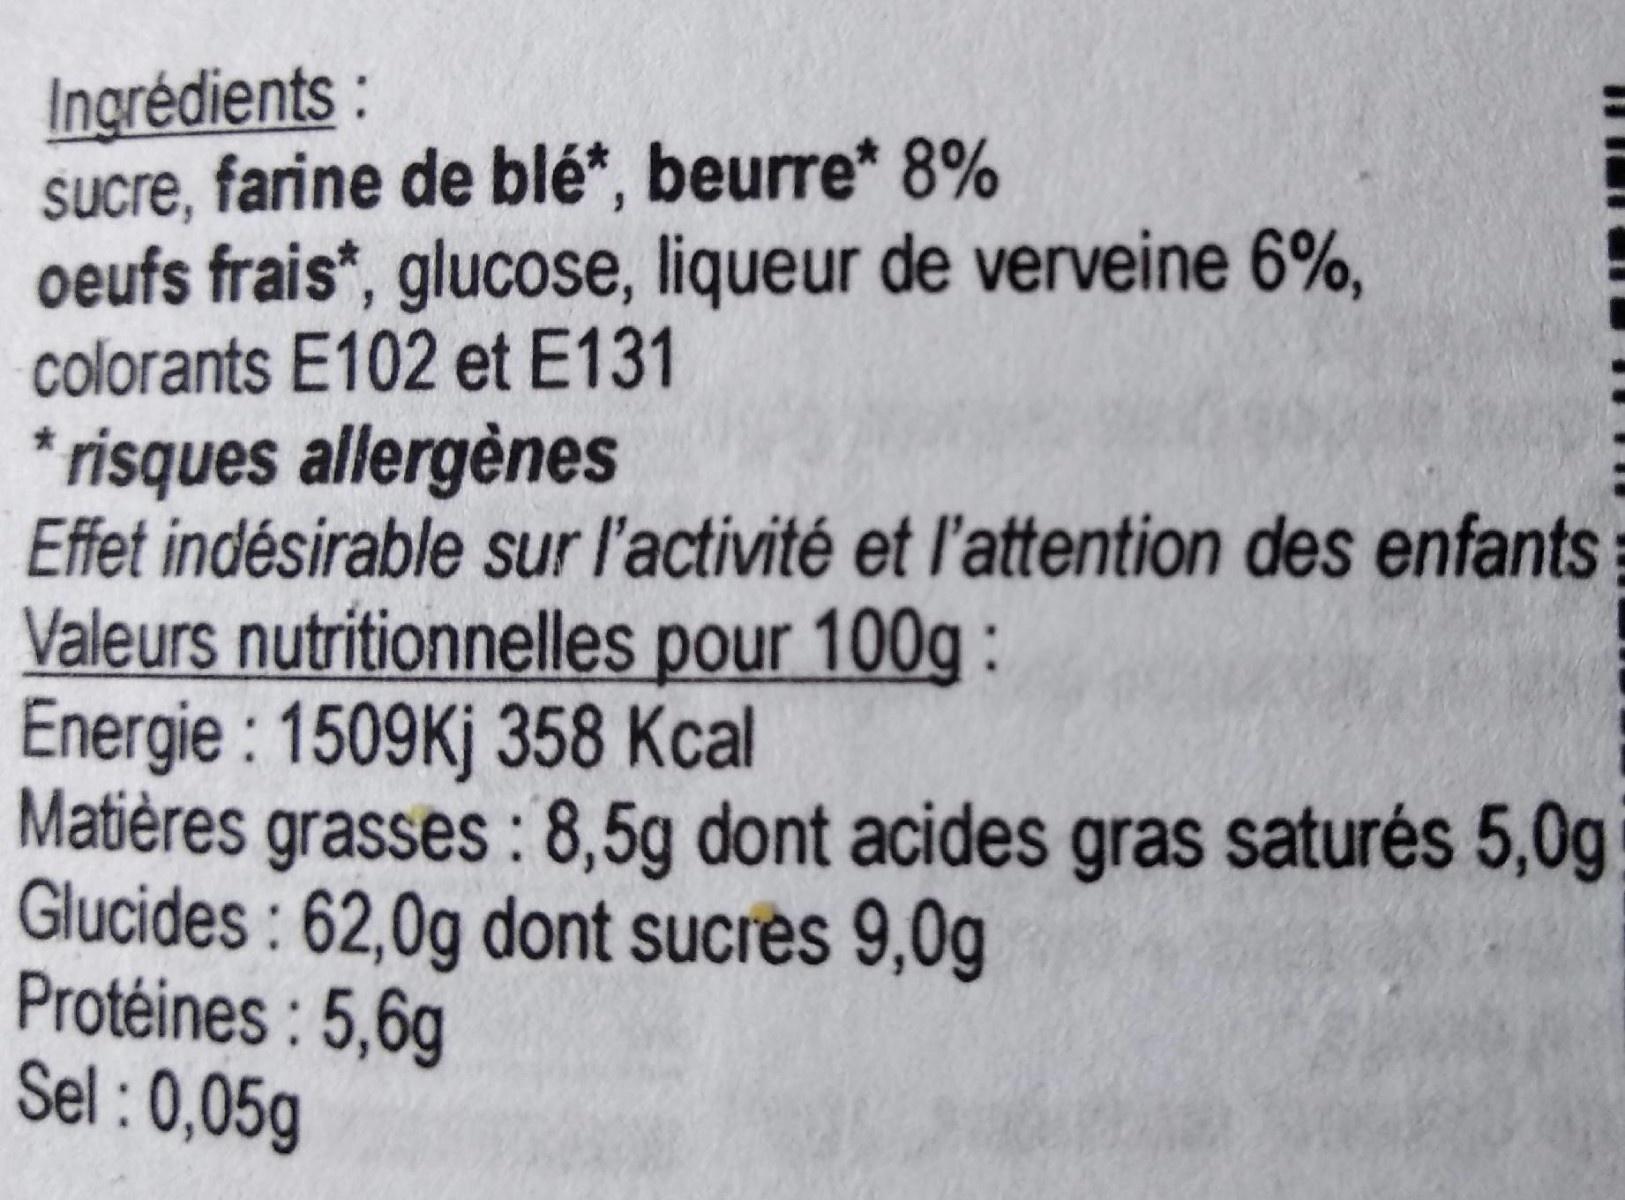
Ingrédients: sucre, farine de blé*, beurre* 8% oeufs frais*, glucose, liqueur de verveine 6%, colorants E102 et E131 * risques allergènes Effet indésirable sur l'activité et l'attention des enfants Valeurs nutritionnelles pour 100g : Energie : 1509Kj 358 Kcal Matières grasses : 8,5g dont acides gras saturés 5,0g Glucides : 62,0g dont sucres 9,0g Protéines : 5,6g Sel : 0,05g